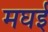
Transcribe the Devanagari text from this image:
मघई